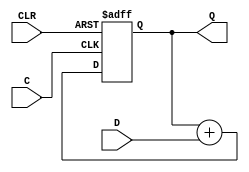
/*
[The 74381/74382](http://www.6502.org/users/dieter/a7/a7_1.htm)
[74182 Carry Look-Ahead Circuit](http://web.eecs.umich.edu/~jhayes/iscas.restore/74182.html)
[Inside the vintage 74181 ALU chip: how it works and why it's so strange](http://www.righto.com/2017/03/inside-vintage-74181-alu-chip-how-it.html)
*/
/*
4-bit unsigned up accumulator
with asynchronous clear.

IO Pins Description
--------------------
C Positive-Edge Clock
CLR Asynchronous Clear (active High)
D[3:0] Data Input
Q[3:0] Data Output

*/
module accum (C, CLR, D, Q);
 input C, CLR;
 input [3:0] D;
 output [3:0] Q;
 reg [3:0] tmp=4'b0000;

 always @(posedge C or posedge CLR)
  begin
   if (CLR==1)
    tmp[3:0] = 4'b0000;
   else
    tmp[3:0] = (tmp[3:0]+D[3:0]);
  end
 assign Q[3:0] = tmp[3:0];
endmodule

/*
N-bit unsigned up accumulator
with asynchronous clear.

IO Pins Description
--------------------
C Positive-Edge Clock
CLR Asynchronous Clear (active High)
D[Nbit -1:0] Data Input
Q[Nbit - 1:0] Data Output

*/
module accumB #(parameter Nbit =8)(C, CLR, D, Q);
 input C, CLR;
 input [Nbit -1:0] D;
 output [Nbit-1:0] Q;
 reg [Nbit-1:0] tmp;

 always @(posedge C or posedge CLR)
  begin
   if (CLR)
    tmp = 0;
   else
    tmp = tmp + D;
  end
 assign Q = tmp;
endmodule

/*
unsigned 8-bit adder with carry
in.

IO pins Description
--------------------
A[7:0], B[7:0] Add Operands
CI       Carry In
SUM[7:0] Add Result
*/

module adder_unsigned_8 (A, B, CI, SUM);
input [7:0] A;
input [7:0] B;
input CI;
output [7:0] SUM;

assign SUM = A + B + CI;
endmodule

module divide_by_2_8 (A, Q, R);
 input [7:0] A;
 output [7:0] Q;
 output R;

 //assign Q = {0,A[7:1]};
 assign Q[7] = 0;
 assign Q[6] = A[7];
 assign Q[5] = A[6];
 assign Q[4] = A[5];
 assign Q[3] = A[4];
 assign Q[2] = A[3];
 assign Q[1] = A[2];
 assign Q[0] = A[1];
 assign R = A[0];
endmodule


module divide_by_4_8 (A, Q, R);
 input [7:0] A;
 output reg [7:0] Q;
 output reg [1:0] R;

  reg [7:0] Q2;
  reg [1:0] R2;


always @(A)
begin
  Q2={1'b0,1'b0, A[7:2]};
  R2 = A[1:0];
end 

endmodule


module divide_by_2 #(parameter Nbits = 16) (A, Q, R);
 input [Nbits -1:0] A;
 output [Nbits-1:0] Q;
 output R;

 assign Q = {1'b0,A[Nbits-1:1]};
 assign R = A[0];
endmodule



module divide_by_4 #(parameter Nbits = 16) (A, Q, R);
 input [Nbits -1:0] A;
 output reg [Nbits -1:0] Q;
 output reg [1:0] R;

always @(A)
begin
  Q = {1'b0,1'b0,A[Nbits - 1:2]};
  R = A[1:0];
end

endmodule


module divide_by_8 #(parameter Nbits = 16) (A, Q, R);
 input [Nbits -1:0] A;
 output [Nbits -1:0] Q;
 output [2:0] R;

 assign Q = {1'b0,1'b0,1'b0,A[Nbits - 1:3]};
 assign R = A[2:0];
endmodule



module mult_4 (A,B,C);
input [3:0] A;
input [3:0] B;
output[7:0] C;

reg [7:0] a0;
reg [7:0] a1;
reg [7:0] a2;
reg [7:0] a3;

always @(A,B)
begin
 a0[7:0]  = {1'b0, 1'b0, 1'b0, 1'b0, A[3:0]} & {8{B[0]}};
 a1[7:0]  = {1'b0,1'b0,1'b0,A[3:0],1'b0} & {8{B[1]}};
 a2[7:0]  = {1'b0,1'b0,A[3:0],1'b0,1'b0} & {8{B[2]}};
 a3[7:0]  = {1'b0,A[3:0],1'b0,1'b0,1'b0} & {8{B[3]}};
 
end
assign C = a0 + a1 + a2 + a3;

endmodule


module full_adder(Cin, A, B, S, Cout);
input Cin, A, B;
output S, Cout;
reg c, s;

always @(*)
begin
  c <= A&B | (A^B)&Cin;
  s <= A^B^Cin;
end

assign S = s;
assign Cout = c;

//assign S = (A^B)^Cin;
//assign Cout = (A&B) | (A&Cin) | (B&Cin);
endmodule

module adder_4(Cin, A, B, S, Cout);
 input  Cin; 
 input  [3:0] A; 
 input  [3:0] B;
 output [3:0] S; 
 output Cout;

 wire  c1, c2, c3;

 full_adder fa1(Cin, A[0], B[0], S[0], c1);
 full_adder fa2(c1, A[1], B[1], S[1], c2);
 full_adder fa3(c2, A[2], B[2], S[2], c3);
 full_adder fa4(c3, A[3], B[3], S[3], Cout);

endmodule

module adder_16(Cin, A, B, S, Cout);
 input Cin; 
 input [15:0] A; 
 input [15:0] B;
 output [15:0] S; 
 output Cout;

 wire cy1, cy2, cy3;

adder_4 add41(Cin, A[3:0], B[3:0], S[3:0], cy1);
adder_4 add42(cy1, A[7:4], B[7:4], S[7:4], cy2);
adder_4 add43(cy2, A[11:8], B[11:8], S[11:8], cy3);
adder_4 add44(cy3, A[15:12], B[15:12], S[15:12], Cout);

endmodule

/*
*
	*
*/
module carry_la (Cin, A, B, C, p, g);
input Cin;
input [3:0] A;
input [3:0] B;
output [3:0] C;
output [3:0] p; 
output [3:0] g;

reg p0, p1, p2, p3;
reg g0, g1, g2, g3;


always @(*) begin
  p0 <= (A[0] + B[0]);
  p1 <= (A[1] + B[1]);
  p2 <= (A[2] + B[2]);
  p3 <= (A[3] + B[3]);

  g0 <= (A[0] & B[0]);
  g1 <= (A[1] & B[1]);
  g2 <= (A[2] & B[2]);
  g3 <= (A[3] & B[3]);
end

  assign C[0] = g0 + (p0&Cin); 
  assign C[1] = g1 + (p1&g0) + (p1&p0&Cin); 
  assign C[2] = g2 + (p2&g1) + (p2&p1&g0) + (p2&p1&p0&Cin); 
  assign C[3] = g3 + (p3&g2) + (p3&p2&g1) + (p3&p2&p1&g0) + (p3&p2&p1&p0&Cin); 
  assign p = {p0,p1,p2,p3};
  assign g = {g0,g1,g2,g3};

endmodule

module adder_4_la(Cin, A, B, S, Cout, p, g);
input Cin; 
output Cout;
output [3:0] p; 
output [3:0] g;

input [3:0] A;
input [3:0] B;
output [3:0] S; 
wire [3:0] C; 

carry_la cla(.Cin(Cin), .A(A),.B(B),.C(C), .p(p), .g(g));

assign S[0] = (A[0] ^ B[0]) ^ Cin;
assign S[1] = (A[1] ^ B[1]) ^ C[0];
assign S[2] = (A[2] ^ B[2]) ^ C[1];
assign S[3] = (A[3] ^ B[3]) ^ C[2];
assign Cout = C[3]; 

endmodule


module adder_8_la(Cin, A, B, S, Cout);
input Cin;
output Cout;

input [7:0] A;
input [7:0] B;
output [7:0] S;

wire Ct;

adder_4_la adder1(.Cin(Cin), .A(A[3:0]), .B(B[3:0]), .S(S[3:0]), .Cout(Ct), .p(), .g());
adder_4_la adder2(.Cin(Ct), .A(A[7:4]), .B(B[7:4]), .S(S[7:4]), .Cout(Cout), .p(), .g());

endmodule

/*
---------------------------------------
---------------------------------------
*/
module carry_la_16 (Cin, P, G, C);
input Cin;
input [15:0] P;
input [15:0] G;
output [3:0] C;

reg P0, P1, P2, P3;
reg G0, G1, G2, G3;

always @(*) begin
 P0<= &P[3:0];
 P1<= &P[7:4];
 P2<= &P[11:8];
 P3<= &P[15:12];

 G0<=G[3] | P[3]&G[2] | P[3]&P[2]&G[1] | P[3]&P[2]&P[1]&G[0];
 G1<=G[7] | P[7]&G[6] | P[7]&P[6]&G[5] | P[7]&P[6]&P[5]&G[4];
 G2<=G[11] | P[11]&G[10] | P[11]&P[10]&G[9] | P[11]&P[10]&P[9]&G[8];
 G3<=G[15] | P[15]&G[14] | P[15]&P[14]&G[13] | P[15]&P[14]&P[13]&G[12];
end


  assign C[0] = G0 + (P0&Cin); 
  assign C[1] = G1 + (P1&G0) + (P1&P0&Cin); 
  assign C[2] = G2 + (P2&G1) + (P2&P1&G0) + (P2&P1&P0&Cin); 
  assign C[3] = G3 + (P3&G2) + (P3&P2&G1) + (P3&P2&P1&G0) + (P3&P2&P1&P0&Cin); 

endmodule


module adder_16_cla(Cin, A, B, S, Cout);
input Cin;
input [15:0] A;
input [15:0] B;
output [15:0] S;
output Cout;

wire Co;

wire [15:0] p;
wire [15:0] g;
wire [3:0] c;

carry_la_16 ca_la(.Cin(Cin), .P(p), .G(g), .C(c));
adder_4_la a41 (.Cin(Cin), .A(A[3:0]), .B(B[3:0]), .S(S[3:0]), .Cout(Co), .p(p[3:0]), .g(g[3:0]));
adder_4_la a42 (.Cin(c[0]), .A(A[7:4]), .B(B[7:4]), .S(S[7:4]), .Cout(Co), .p(p[7:4]), .g(g[7:4]));
adder_4_la a43 (.Cin(c[1]), .A(A[11:8]), .B(B[11:8]), .S(S[11:8]), .Cout(Co), .p(p[11:8]), .g(g[11:8]));
adder_4_la a44 (.Cin(c[2]), .A(A[15:12]), .B(B[15:12]), .S(S[15:12]), .Cout(Co), .p(p[15:12]), .g(g[15:12]));

assign Cout = c[3];

endmodule

module multiplier_4(A,B,C);
input [3:0] A;
input [3:0] B;
output [7:0] C;

reg [7:0] tmp;

function  [7:0] mult_4x3;
input [3:0] A;

case (A)
  4'h0: mult_4x3=8'h00;
  4'h1: mult_4x3=8'h03;
  4'h2: mult_4x3=8'h06;
  4'h3: mult_4x3=8'h09;
  4'h4: mult_4x3=8'h0C;
  4'h5: mult_4x3=8'h0F;
  4'h6: mult_4x3=8'h12;
  4'h7: mult_4x3=8'h15;
  4'h8: mult_4x3=8'h18;
  4'h9: mult_4x3=8'h1B;
  4'hA: mult_4x3=8'h1E;
  4'hB: mult_4x3=8'h21;
  4'hC: mult_4x3=8'h24;
  4'hD: mult_4x3=8'h27;
  4'hE: mult_4x3=8'h2A;
  4'hF: mult_4x3=8'h2D;
endcase
endfunction

function  [7:0] mult_4x5;
input [3:0] A;
case (A)
  4'h0: mult_4x5=8'h00;
  4'h1: mult_4x5=8'h05;
  4'h2: mult_4x5=8'h0A;
  4'h3: mult_4x5=8'h0F;
  4'h4: mult_4x5=8'h0C;
  4'h5: mult_4x5=8'h14;
  4'h6: mult_4x5=8'h1E;
  4'h7: mult_4x5=8'h23;
  4'h8: mult_4x5=8'h28;
  4'h9: mult_4x5=8'h2D;
  4'hA: mult_4x5=8'h32;
  4'hB: mult_4x5=8'h37;
  4'hC: mult_4x5=8'h3C;
  4'hD: mult_4x5=8'h41;
  4'hE: mult_4x5=8'h46;
  4'hF: mult_4x5=8'h4B;
endcase
endfunction

function  [7:0] mult_4x7;
input [3:0] A;
case (A)
  4'h0: mult_4x7=8'h00;
  4'h1: mult_4x7=8'h07;
  4'h2: mult_4x7=8'h0E;
  4'h3: mult_4x7=8'h15;
  4'h4: mult_4x7=8'h1C;
  4'h5: mult_4x7=8'h23;
  4'h6: mult_4x7=8'h2A;
  4'h7: mult_4x7=8'h31;
  4'h8: mult_4x7=8'h38;
  4'h9: mult_4x7=8'h3F;
  4'hA: mult_4x7=8'h46;
  4'hB: mult_4x7=8'h4D;
  4'hC: mult_4x7=8'h54;
  4'hD: mult_4x7=8'h5B;
  4'hE: mult_4x7=8'h62;
  4'hF: mult_4x7=8'h69;
endcase
endfunction

function  [7:0] mult_4x9;
input [3:0] A;
case (A)
  4'h0: mult_4x9=8'h00;
  4'h1: mult_4x9=8'h09;
  4'h2: mult_4x9=8'h12;
  4'h3: mult_4x9=8'h1B;
  4'h4: mult_4x9=8'h24;
  4'h5: mult_4x9=8'h2D;
  4'h6: mult_4x9=8'h36;
  4'h7: mult_4x9=8'h3F;
  4'h8: mult_4x9=8'h48;
  4'h9: mult_4x9=8'h51;
  4'hA: mult_4x9=8'h5A;
  4'hB: mult_4x9=8'h63;
  4'hC: mult_4x9=8'h6C;
  4'hD: mult_4x9=8'h75;
  4'hE: mult_4x9=8'h7E;
  4'hF: mult_4x9=8'h87;
endcase
endfunction

function  [7:0] mult_4x11;
input [3:0] A;
case (A)
  4'h0: mult_4x11=8'h00;
  4'h1: mult_4x11=8'h0B;
  4'h2: mult_4x11=8'h16;
  4'h3: mult_4x11=8'h21;
  4'h4: mult_4x11=8'h2C;
  4'h5: mult_4x11=8'h37;
  4'h6: mult_4x11=8'h42;
  4'h7: mult_4x11=8'h4D;
  4'h8: mult_4x11=8'h58;
  4'h9: mult_4x11=8'h63;
  4'hA: mult_4x11=8'h6E;
  4'hB: mult_4x11=8'h79;
  4'hC: mult_4x11=8'h84;
  4'hD: mult_4x11=8'h8F;
  4'hE: mult_4x11=8'h9A;
  4'hF: mult_4x11=8'hA5;
endcase
endfunction

function  [7:0] mult_4x13;
input [3:0] A;
case (A)
  4'h0: mult_4x13=8'h00;
  4'h1: mult_4x13=8'h0D;
  4'h2: mult_4x13=8'h1A;
  4'h3: mult_4x13=8'h27;
  4'h4: mult_4x13=8'h34;
  4'h5: mult_4x13=8'h41;
  4'h6: mult_4x13=8'h4E;
  4'h7: mult_4x13=8'h5B;
  4'h8: mult_4x13=8'h68;
  4'h9: mult_4x13=8'h75;
  4'hA: mult_4x13=8'h82;
  4'hB: mult_4x13=8'h8F;
  4'hC: mult_4x13=8'h9C;
  4'hD: mult_4x13=8'hA9;
  4'hE: mult_4x13=8'hB6;
  4'hF: mult_4x13=8'hC3;
endcase
endfunction

function [7:0] mult_4x15;
input [3:0] A;
case (A)
  4'h0: mult_4x15=8'h00;
  4'h1: mult_4x15=8'h0F;
  4'h2: mult_4x15=8'h1E;
  4'h3: mult_4x15=8'h2D;
  4'h4: mult_4x15=8'h3C;
  4'h5: mult_4x15=8'h4B;
  4'h6: mult_4x15=8'h5A;
  4'h7: mult_4x15=8'h69;
  4'h8: mult_4x15=8'h78;
  4'h9: mult_4x15=8'h87;
  4'hA: mult_4x15=8'h96;
  4'hB: mult_4x15=8'hA5;
  4'hC: mult_4x15=8'hB4;
  4'hD: mult_4x15=8'hC3;
  4'hE: mult_4x15=8'hD2;
  4'hF: mult_4x15=8'hE1;
endcase
endfunction

always @(A)
case (A)
  0: tmp<=0;
  1: tmp<=({1'b0,1'b0,1'b0,1'b0,B[3:0]});
  2: tmp<=({1'b0,1'b0,1'b0,1'b0,B[3:0]})<<1;
  3: tmp<=mult_4x3(B);
  4: tmp<=({1'b0,1'b0,1'b0,1'b0,B[3:0]})<<2;
  5: tmp<=mult_4x5(B);
  6: tmp<=(mult_4x3(B))<<1;
  7: tmp<=mult_4x7(B);
  8: tmp<=({1'b0,1'b0,1'b0,1'b0,B[3:0]})<<3;
  9: tmp<=mult_4x9(B);
  10: tmp<=(mult_4x5(B))<<1;
  11: tmp<=mult_4x11(B);
  12: tmp<=(mult_4x3(B))<<2;
  13: tmp<=(mult_4x13(B));
  14: tmp<=mult_4x7(B)<<1;
  15: tmp<=(mult_4x15(B));
endcase

assign C = tmp;
endmodule

module barrel_shift_4(X, Y);
input [3:0] X;
output reg [3:0] Y;

always @(X)
case (X)
 1:Y<={X[2:0],X[3]};
 2:Y<={X[1:0],X[3:2]};
 3:Y<={X[0],X[3:1]};
 0:Y<=X[3:0];
endcase
endmodule
//
//
module adder2_b(Cin, A, B, S,Cout);
input Cin;
input [1:0] A;
input [1:0] B;
output  [1:0] S;
output  Cout;
reg [3:0] s;

always @(A,B,Cin)
case(B)
  0:
     begin
	     case ({A[1:0], Cin})
		  0:s=3'd0;
		  1,2:s=3'd1;
		  3,4:s=3'd2;
		  5,6:s=3'd3;
		  7:s=3'd4;
	     endcase
     end 
  1:
    begin
	 case({A[1:0], Cin})
		  0:s=3'd1;
		  1,2:s=3'd2;
		  3,4:s=3'd3;
		  5,6:s=3'd4;
		  7:s=3'd5;
	 endcase
    end
  2:
    begin
	 case({A[1:0], Cin})
		  0:s=3'd2;
		  1,2:s=3'd3;
		  3,4:s=3'd4;
		  5,6:s=3'd5;
		  7:s=3'd6;
	 endcase
    end
  3:
    begin
	 case({A[1:0], Cin})
		  0:s=3'd3;
		  1,2:s=3'd4;
		  3,4:s=3'd5;
		  5,6:s=3'd6;
		  7:s=3'd7;
	 endcase
    end
endcase
assign S[1:0] = s[1:0];
assign Cout = s[2];
endmodule

module adder4_b(Cin, A, B, S,Cout);
input Cin;
input [3:0] A;
input [3:0] B;
output  [3:0] S;
output  Cout;
reg [4:0] s;


wire [4:0] a = {A[3:0], Cin};

always @(A,B,Cin)
case(B)
  0:
     begin
	     case ({A[3:0], Cin})
		  0:s=5'd0;
		  1,2:s=5'd1;
		  3,4:s=5'd2;
		  5,6:s=5'd3;
		  7,8:s=5'd4;
		  9,10:s=5'd5;
		  11,12:s=5'd6;
		  13,14:s=5'd7;
		  15,16:s=5'd8;
		  17,18:s=5'd9;
		  19,20:s=5'd10;
		  21,22:s=5'd11;
		  23,24:s=5'd12;
		  25,26:s=5'd13;
		  27,28:s=5'd14;
		  29,30:s=5'd15;
		  31:s=5'd16;
	     endcase
     end 
  1:
    begin
	 case({A[3:0], Cin})
		      0 : s =  5'd1;
		    1,2 : s =  5'd2;
		    3,4 : s =  5'd3;
		    5,6 : s =  5'd4;
		    7,8 : s =  5'd5;
		   9,10 : s =  5'd6;
		  11,12 : s =  5'd7;
		  13,14 : s =  5'd8;
		  15,16 : s =  5'd9;
		  17,18 : s = 5'd10;
		  19,20 : s = 5'd11;
		  21,22 : s = 5'd12;
		  23,24 : s = 5'd13;
		  25,26 : s = 5'd14;
		  27,28 : s = 5'd15;
		  29,30 : s = 5'd16;
		     31 : s = 5'd17;
	 endcase
    end
  2:
    begin
	 case({A[3:0], Cin})
		  0:s=5'd2;
		  1,2:s=5'd3;
		  3,4:s=5'd4;
		  5,6:s=5'd5;
		  7,8:s=5'd6;
		  9,10:s=5'd7;
		  11,12:s=5'd8;
		  13,14:s=5'd9;
		  15,16:s=5'd10;
		  17,18:s=5'd11;
		  19,20:s=5'd12;
		  21,22:s=5'd13;
		  23,24:s=5'd14;
		  25,26:s=5'd15;
		  27,28:s=5'd16;
		  29,30:s=5'd17;
		  31:s=5'd18;
	 endcase
    end
  3:
    begin
	 case({A[3:0], Cin})
		  0:s=5'd3;
		  1,2:s=5'd4;
		  3,4:s=5'd5;
		  5,6:s=5'd6;
		  7,8:s=5'd7;
		  9,10:s=5'd8;
		  11,12:s=5'd9;
		  13,14:s=5'd10;
		  15,16:s=5'd11;
		  17,18:s=5'd12;
		  19,20:s=5'd13;
		  21,22:s=5'd14;
		  23,24:s=5'd15;
		  25,26:s=5'd16;
		  27,28:s=5'd17;
		  29,30:s=5'd18;
		  31:s=5'd19;
	 endcase
    end
  4:
    begin
	 case({A[3:0], Cin})
		  0:s=5'd4;
		  1,2:s=5'd5;
		  3,4:s=5'd6;
		  5,6:s=5'd7;
		  7,8:s=5'd8;
		  9,10:s=5'd9;
		  11,12:s=5'd10;
		  13,14:s=5'd11;
		  15,16:s=5'd12;
		  17,18:s=5'd13;
		  19,20:s=5'd14;
		  21,22:s=5'd15;
		  23,24:s=5'd16;
		  25,26:s=5'd17;
		  27,28:s=5'd18;
		  29,30:s=5'd19;
		  31:s=5'd20;
	 endcase
    end
  5:
    begin
	 case({A[3:0], Cin})
		  0:s=5'd5;
		  1,2:s=5'd6;
		  3,4:s=5'd7;
		  5,6:s=5'd8;
		  7,8:s=5'd9;
		  9,10:s=5'd10;
		  11,12:s=5'd11;
		  13,14:s=5'd12;
		  15,16:s=5'd13;
		  17,18:s=5'd14;
		  19,20:s=5'd15;
		  21,22:s=5'd16;
		  23,24:s=5'd17;
		  25,26:s=5'd18;
		  27,28:s=5'd19;
		  29,30:s=5'd20;
		  31:s=5'd21;
	 endcase
    end

  6:
    begin
	 case({A[3:0], Cin})
		  0:s=5'd6;
		  1,2:s=5'd7;
		  3,4:s=5'd8;
		  5,6:s=5'd9;
		  7,8:s=5'd10;
		  9,10:s=5'd11;
		  11,12:s=5'd12;
		  13,14:s=5'd13;
		  15,16:s=5'd14;
		  17,18:s=5'd15;
		  19,20:s=5'd16;
		  21,22:s=5'd17;
		  23,24:s=5'd18;
		  25,26:s=5'd19;
		  27,28:s=5'd20;
		  29,30:s=5'd21;
		  31:s=5'd22;
	 endcase
    end

  7:
    begin
	 case({A[3:0], Cin})
		  0:s=5'd7;
		  1,2:s=5'd8;
		  3,4:s=5'd9;
		  5,6:s=5'd10;
		  7,8:s=5'd11;
		  9,10:s=5'd12;
		  11,12:s=5'd13;
		  13,14:s=5'd14;
		  15,16:s=5'd15;
		  17,18:s=5'd16;
		  19,20:s=5'd17;
		  21,22:s=5'd18;
		  23,24:s=5'd19;
		  25,26:s=5'd20;
		  27,28:s=5'd21;
		  29,30:s=5'd22;
		  31:s=5'd23;
	 endcase
    end

  8:
    begin
	 case({A[3:0], Cin})
		  0:s=5'd8;
		  1,2:s=5'd9;
		  3,4:s=5'd10;
		  5,6:s=5'd11;
		  7,8:s=5'd12;
		  9,10:s=5'd13;
		  11,12:s=5'd14;
		  13,14:s=5'd15;
		  15,16:s=5'd16;
		  17,18:s=5'd17;
		  19,20:s=5'd18;
		  21,22:s=5'd19;
		  23,24:s=5'd20;
		  25,26:s=5'd21;
		  27,28:s=5'd22;
		  29,30:s=5'd23;
		  31:s=5'd24;
	 endcase
    end
  9:
    begin
	 case({A[3:0], Cin})
		  0:s=5'd9;
		  1,2:s=5'd10;
		  3,4:s=5'd11;
		  5,6:s=5'd12;
		  7,8:s=5'd13;
		  9,10:s=5'd14;
		  11,12:s=5'd15;
		  13,14:s=5'd16;
		  15,16:s=5'd17;
		  17,18:s=5'd18;
		  19,20:s=5'd19;
		  21,22:s=5'd20;
		  23,24:s=5'd21;
		  25,26:s=5'd22;
		  27,28:s=5'd23;
		  29,30:s=5'd24;
		  31:s=5'd25;
	 endcase
    end

  10:
    begin
	 case({A[3:0], Cin})
		  0:s=5'd10;
		  1,2:s=5'd11;
		  3,4:s=5'd12;
		  5,6:s=5'd13;
		  7,8:s=5'd14;
		  9,10:s=5'd15;
		  11,12:s=5'd16;
		  13,14:s=5'd17;
		  15,16:s=5'd18;
		  17,18:s=5'd19;
		  19,20:s=5'd20;
		  21,22:s=5'd21;
		  23,24:s=5'd22;
		  25,26:s=5'd23;
		  27,28:s=5'd24;
		  29,30:s=5'd25;
		  31:s=5'd26;
	 endcase
    end

  11:
    begin
	 case({A[3:0], Cin})
		  0:s=5'd11;
		  1,2:s=5'd12;
		  3,4:s=5'd13;
		  5,6:s=5'd14;
		  7,8:s=5'd15;
		  9,10:s=5'd16;
		  11,12:s=5'd17;
		  13,14:s=5'd18;
		  15,16:s=5'd19;
		  17,18:s=5'd20;
		  19,20:s=5'd21;
		  21,22:s=5'd22;
		  23,24:s=5'd23;
		  25,26:s=5'd24;
		  27,28:s=5'd25;
		  29,30:s=5'd26;
		  31:s=5'd27;
	 endcase
    end

  12:
    begin
	 case({A[3:0], Cin})
		  0:s=5'd12;
		  1,2:s=5'd13;
		  3,4:s=5'd14;
		  5,6:s=5'd15;
		  7,8:s=5'd16;
		  9,10:s=5'd17;
		  11,12:s=5'd18;
		  13,14:s=5'd19;
		  15,16:s=5'd20;
		  17,18:s=5'd21;
		  19,20:s=5'd22;
		  21,22:s=5'd23;
		  23,24:s=5'd24;
		  25,26:s=5'd25;
		  27,28:s=5'd26;
		  29,30:s=5'd27;
		  31:s=5'd28;
	 endcase
    end
  13:
    begin
	 case({A[3:0], Cin})
		  0:s=5'd13;
		  1,2:s=5'd14;
		  3,4:s=5'd15;
		  5,6:s=5'd16;
		  7,8:s=5'd17;
		  9,10:s=5'd18;
		  11,12:s=5'd19;
		  13,14:s=5'd20;
		  15,16:s=5'd21;
		  17,18:s=5'd22;
		  19,20:s=5'd23;
		  21,22:s=5'd24;
		  23,24:s=5'd25;
		  25,26:s=5'd26;
		  27,28:s=5'd27;
		  29,30:s=5'd28;
		  31:s=5'd29;
	 endcase
    end

  14:
    begin
	 case({A[3:0], Cin})
		       0:s=5'd14;
		     1,2:s=5'd15;
		     3,4:s=5'd16;
		     5,6:s=5'd17;
		     7,8:s=5'd18;
		    9,10:s=5'd19;
		   11,12:s=5'd20;
		   13,14:s=5'd21;
		   15,16:s=5'd22;
		   17,18:s=5'd23;
		   19,20:s=5'd24;
		   21,22:s=5'd25;
		   23,24:s=5'd26;
		   25,26:s=5'd27;
		   27,28:s=5'd28;
		   29,30:s=5'd29;
		   31:s=5'd30;
	 endcase
    end


  15:
    begin
	 case({A[3:0], Cin})
		      0:s=5'd15;
		    1,2:s=5'd16;
		    3,4:s=5'd17;
		    5,6:s=5'd18;
		    7,8:s=5'd19;
		   9,10:s=5'd20;
		  11,12:s=5'd21;
		  13,14:s=5'd22;
		  15,16:s=5'd23;
		  17,18:s=5'd24;
		  19,20:s=5'd25;
		  21,22:s=5'd26;
		  23,24:s=5'd27;
		  25,26:s=5'd28;
		  27,28:s=5'd29;
		  29,30:s=5'd30;
		     31:s=5'd31;
	 endcase
    end




endcase
assign S[3:0] = s[3:0];
assign Cout = s[4];
endmodule